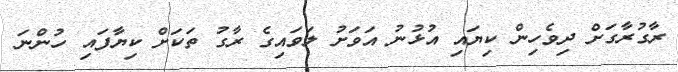
ރާގުރާގަށް ދިވެހިން ކިޔައި އުޅުނު އަވަށު ލަވައިގެ ރާގު ތަކަށް ކިޔާފައި ހުންނަ